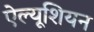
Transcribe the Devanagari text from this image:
ऐल्यूशियन